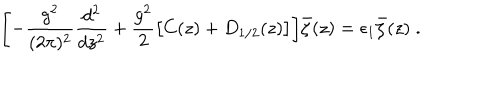
\Biggl [ - { \frac { g ^ { 2 } } { ( 2 \pi ) ^ { 2 } } } { \frac { d ^ { 2 } } { d z ^ { 2 } } } + { \frac { g ^ { 2 } } { 2 } } \bigl [ C ( z ) + D _ { 1 / 2 } ( z ) \bigr ] \biggr ] \bar { \zeta } ( z ) = \epsilon _ { 1 } \bar { \zeta } ( z ) \; .